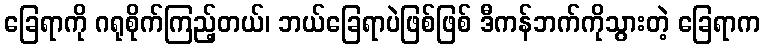
ခြေရာကို ဂရုစိုက်ကြည့်တယ်၊ ဘယ်ခြေရာပဲဖြစ်ဖြစ် ဒီကန်ဘက်ကိုသွားတဲ့ ခြေရာက